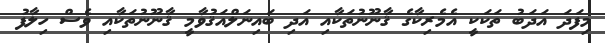
މިފަދަ އަދަބު ތަކަކީ އެމެރިކާގެ ޤާނޫނުތަކާއި އަދި ބައިނަލްއަޤުވާމީ ޤާނޫނުތަކާއި ވެސް ހިލާފު